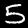
Digit: 5